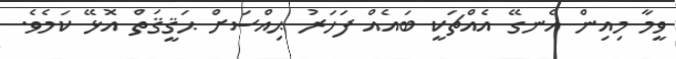
ވީމާ މިއިން އެނގޭ އެއްޗަކީ ބައެއް ފަހަރު ޙިއްސަށް ޙަޤީޤަތް އޮޅޭ ކަމެވެ.